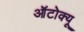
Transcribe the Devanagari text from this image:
ऑटोक्यू